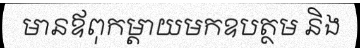
មានឪពុកម្តាយមកឧបត្ថម និង